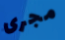
مجرى